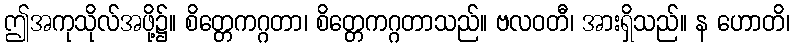
ဤအကုသိုလ်အဖို့၌။ စိတ္တေကဂ္ဂတာ၊ စိတ္တေကဂ္ဂတာသည်။ ဗလဝတီ၊ အားရှိသည်။ န ဟောတိ၊